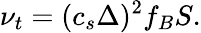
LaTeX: \nu_{t}=(c_{s}\Delta)^{2}f_{B}S.